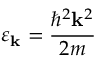
\varepsilon _ { \mathbf { k } } = \frac { \hbar ^ { 2 } \mathbf { k } ^ { 2 } } { 2 m }